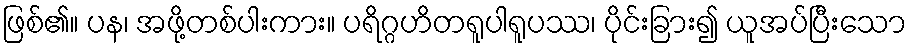
ဖြစ်၏။ ပန၊ အဖို့တစ်ပါးကား။ ပရိဂ္ဂဟိတရူပါရူပဿ၊ ပိုင်းခြား၍ ယူအပ်ပြီးသော